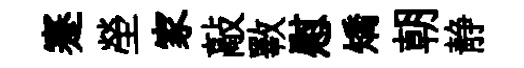
蹇塋家敲斁慰矯朝静